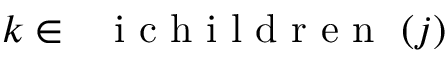
k \in \mathrm { ~ \normalfont ~ { ~ i ~ c ~ h ~ i ~ l ~ d ~ r ~ e ~ n ~ } ~ } ( j )